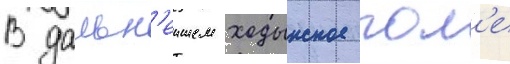
В дальн'еишем ходынское пол'е